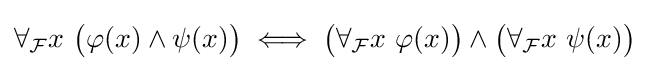
\forall _{\mathcal {F}}x\ {\big (}\varphi (x)\land \psi (x){\big )}\iff {\big (}\forall _{\mathcal {F}}x\ \varphi (x){\big )}\land {\big (}\forall _{\mathcal {F}}x\ \psi (x){\big )}